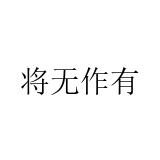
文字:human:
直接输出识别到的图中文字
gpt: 将无作有